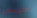
جينجر